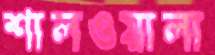
শালওয়ালা